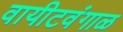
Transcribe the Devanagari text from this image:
वायीटवंगाळ